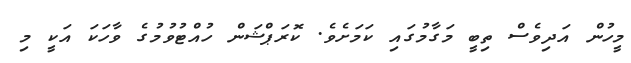
މީހުން އަދިވެސް ތިބީ މަގާމުގައި ކަމަށެވެ. ކޮރަޕްޝަން ހުއްޓުވުމުގެ ވާހަކަ އަކީ މި